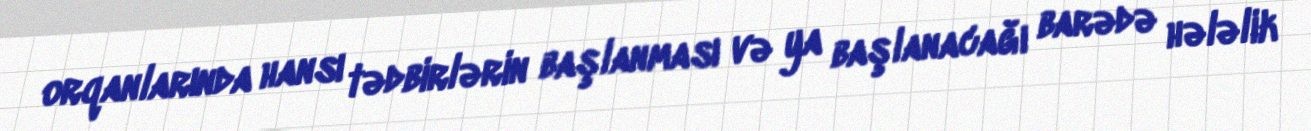
orqanlarında hansı tədbirlərin başlanması və ya başlanacağı barədə hələlik